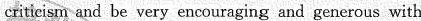
critieism and be very encouraging and generous with